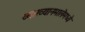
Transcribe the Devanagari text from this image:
व्याख्यानमालेमध्ये